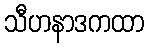
သီဟနာဒကထာ